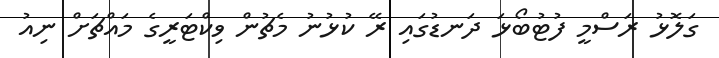
ގަލޮޅު ރަސްމީ ފުޓުބޯޅަ ދަނޑުގައި ރޭ ކުޅުނު މެޗުން ވިކްޓަރީގެ މައްޗަށް ނިއު